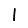
Digit: 1